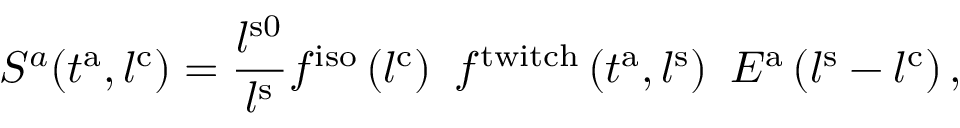
S ^ { a } ( t ^ { \mathrm { a } } , l ^ { \mathrm { { c } } } ) = \frac { l ^ { \mathrm { s 0 } } } { l ^ { \mathrm { s } } } f ^ { \mathrm { i s o } } \left( l ^ { \mathrm { c } } \right) \ f ^ { \mathrm { t w i t c h } } \left( t ^ { \mathrm { a } } , l ^ { \mathrm { s } } \right) \ E ^ { \mathrm { a } } \left( l ^ { \mathrm { s } } - l ^ { \mathrm { c } } \right) ,